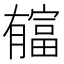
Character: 𣎬